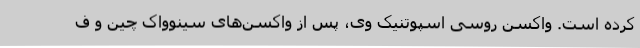
کرده است. واکسن روسی اسپوتنیک وی، پس از واکسن‌های سینوواک چین و ف